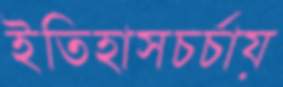
ইতিহাসচর্চায়